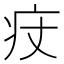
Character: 㽴